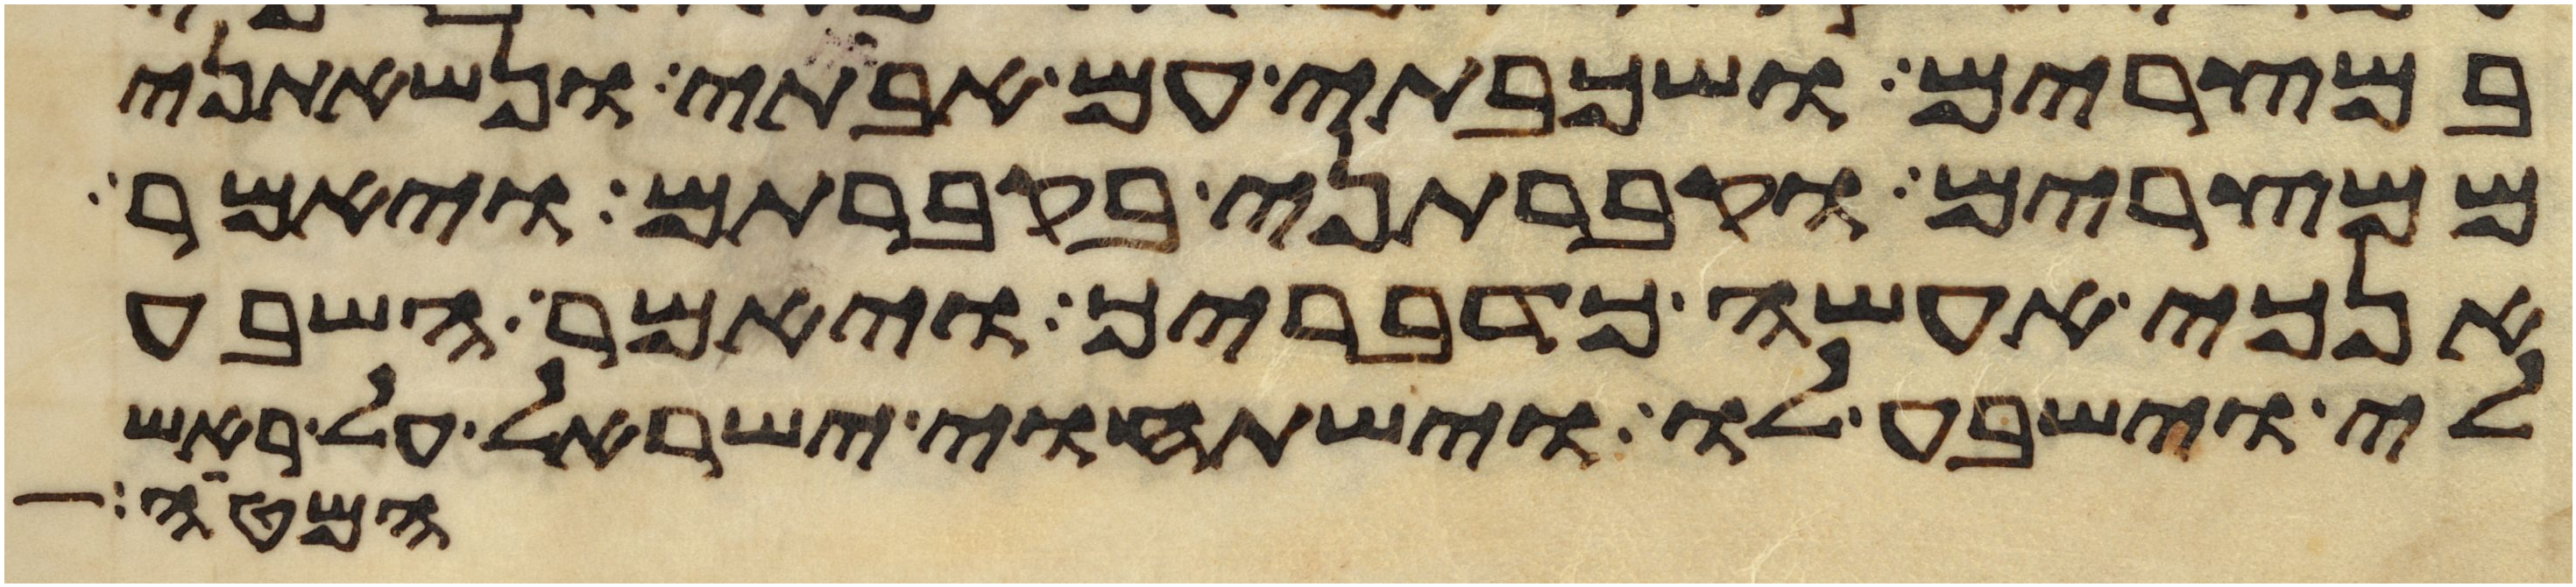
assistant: במצרים ושכבתי עם אבתי ונשאתני
ממצרים וקברתני בקברתם ויאמר
אנכי אעשה כדבריך ויאמר השבע
לי וישבע לו וישתחוי ישראל על ראש
המטה